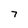
Character: 7